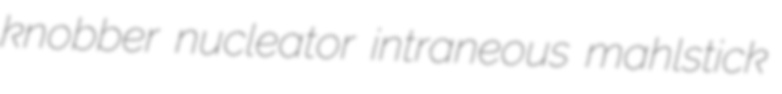
knobber nucleator intraneous mahlstick